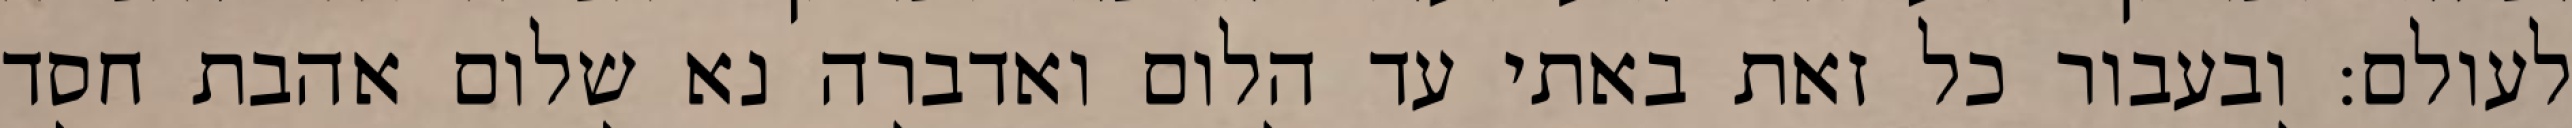
לעולם: ובעבור כל זאת באתי עד הלום ואדברה נא שלום אהבת חסד